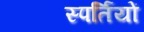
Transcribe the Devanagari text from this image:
स्पर्तियों